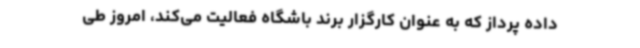
داده پرداز که به عنوان کارگزار برند باشگاه فعالیت می‌کند، امروز طی